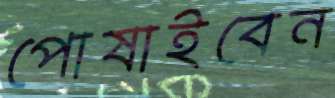
পোষাইবেন